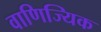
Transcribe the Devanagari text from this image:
वाणिज्यिक